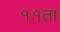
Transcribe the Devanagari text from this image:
११ता